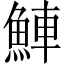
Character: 𬵒